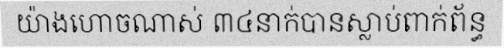
យ៉ាងហោចណាស់ ៣៤នាក់បានស្លាប់ពាក់ព័ន្ធ